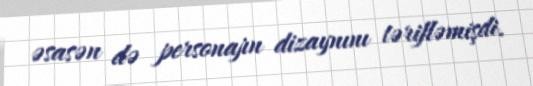
əsasən də personajın dizaynını tərifləmişdi.